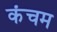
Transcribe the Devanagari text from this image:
कंचम